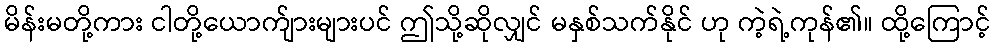
မိန်းမတို့ကား ငါတို့ယောက်ျားများပင် ဤသို့ဆိုလျှင် မနှစ်သက်နိုင် ဟု ကဲ့ရဲ့ကုန်၏။ ထို့ကြောင့်